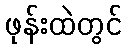
ဖုန်းထဲတွင်